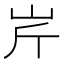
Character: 𡵱